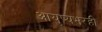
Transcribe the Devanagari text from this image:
आयुष्यभरही